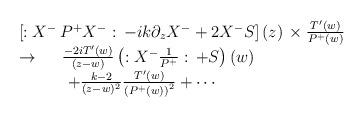
LaTeX: \begin{align*}\begin{array}{l}\left[ :X^{-}\,P^{+}X^{-}:\,-ik\partial _zX^{-}+2X^{-}S\right] (z)\,\times\frac{T^{\prime }(w)}{P^{+}(w)} \\\rightarrow \,\quad \,\frac{-2iT^{\prime }(w)}{\left( z-w\right) }\left(:X^{-}\frac 1{P^{+}}:\,+S\right) (w) \\\quad \quad \quad +\frac{k-2}{(z-w)^2}\frac{T^{\prime }(w)}{\left(P^{+}(w)\right) ^2}+\cdots\end{array}\end{align*}